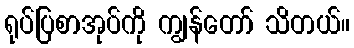
ရုပ်ပြစာအုပ်ကို ကျွန်တော် သိတယ်။